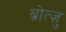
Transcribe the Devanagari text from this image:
ब्रोत्ज़ु